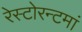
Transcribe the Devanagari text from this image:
रेस्‍टोरन्टमां